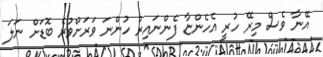
އޭނާ ވެސް މިރޭ ހުރީ އެހެންޏާ ފެންނައިރު ހުންނަ ވަރަށްވުރެ ބޮޑަށް ނަލަ